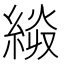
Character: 𰫭